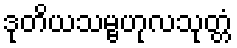
ဒုတိယသမ္ဗဟုလသုတ္တံ